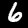
Digit: 6